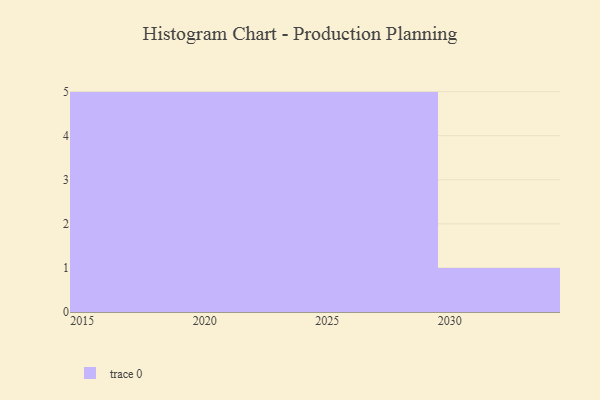
{"axis": {"x": "Year", "y": "Revenue (USD Million)"}, "legend": [""], "data": [{"x": "2022", "y": 69, "type": ""}, {"x": "2021", "y": 35, "type": ""}, {"x": "2017", "y": 66, "type": ""}, {"x": "2029", "y": 76, "type": ""}, {"x": "2015", "y": 56, "type": ""}, {"x": "2027", "y": 14, "type": ""}, {"x": "2028", "y": 58, "type": ""}, {"x": "2024", "y": 5, "type": ""}, {"x": "2018", "y": 62, "type": ""}, {"x": "2030", "y": 13, "type": ""}, {"x": "2019", "y": 89, "type": ""}, {"x": "2025", "y": 10, "type": ""}, {"x": "2016", "y": 86, "type": ""}, {"x": "2026", "y": 75, "type": ""}, {"x": "2023", "y": 75, "type": ""}, {"x": "2020", "y": 48, "type": ""}]}